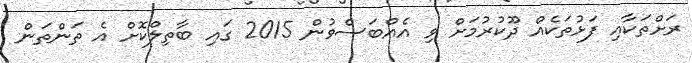
ރަށްތަކާއި ފަޅުތަކެއް ދޫކުރުމަށް ވި އެއްބަސްވުން 2015 ގައި ބާތިލްކޮށް އެ ތަންތަން